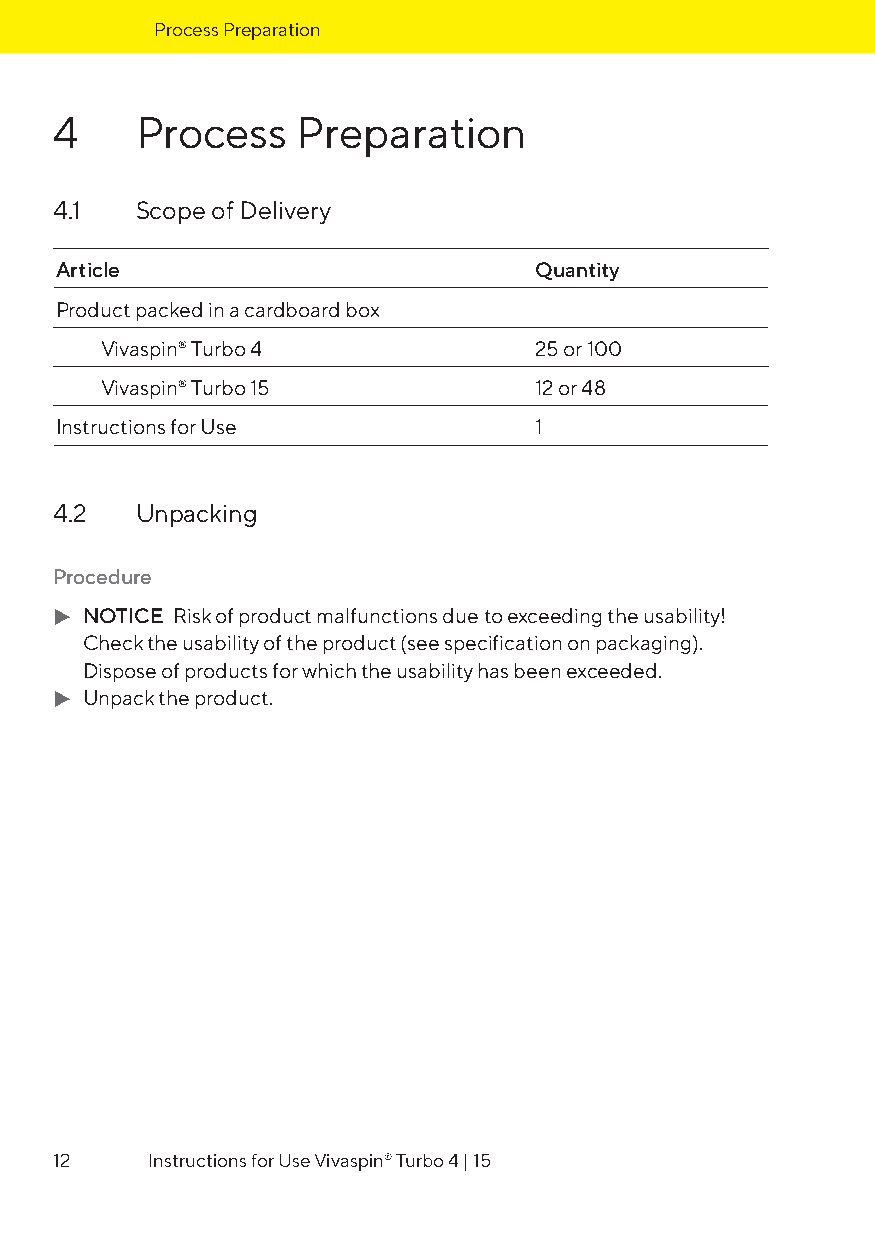
Process Preparation
 4    Process    Preparation
 4.1  Scope of Delivery
 Article                        Quantity
 Product packed in a cardboard box
 Vivaspin® Turbo 4           25 or 100
 Vivaspin® Turbo 15          12 or 48
 Instructions for Use           1
 4.2  Unpacking
 Procedure
 t NOTICE Risk of product malfunctions due to exceeding the usability!
 Check the usability of the product (see specification on packaging).
 Dispose of products for which the usability has been exceeded.
 t Unpack the product.
 12    Instructions for Use Vivaspin® Turbo 4 | 15